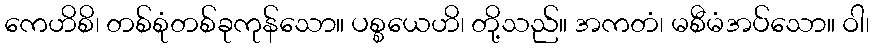
ကေဟိစိ၊ တစ်စုံတစ်ခုကုန်သော။ ပစ္စယေဟိ၊ တို့သည်။ အကတံ၊ မစီမံအပ်သော။ ဝါ၊